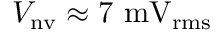
V _ { \mathrm { n v } } \approx 7 ~ \mathrm { m V _ { r m s } }